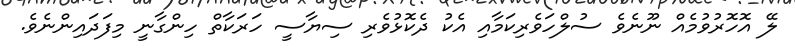
ލޭ އޮހޮރުވުމެއް ނޫނެވެ ސުލްހަވެރިކަމާއި އެކު ދެކޮޅުވެރި ސިޔާސީ ހަރަކާތް ހިންގާނީ މިފަދައިންނެވެ.